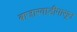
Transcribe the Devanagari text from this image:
बाजारवाडीपासून